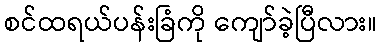
စင်ထရယ်ပန်းခြံကို ကျော်ခဲ့ပြီလား။